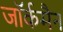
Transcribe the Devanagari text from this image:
जॉर्कमैन